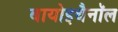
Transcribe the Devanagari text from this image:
बायोइथैनॉल